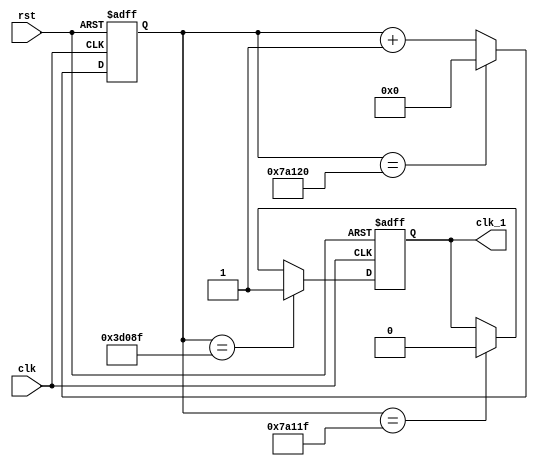
`timescale 1ns / 1ps
//////////////////////////////////////////////////////////////////////////////////
// Company: 
// Engineer: 
// 
// Design Name: 
// Module Name: clock1
// Project Name: 
// Target Devices: 
// Tool Versions: 
// Description: 
// 
// Dependencies: 
// 
// Revision:
// Revision 0.01 - File Created
// Additional Comments:
// 
//////////////////////////////////////////////////////////////////////////////////


module clock1(
input wire clk,rst,
output reg clk_1
    );
    //this is a clock divider
    //which output a clk with 0.5s period
    
    reg [31:0] div_cnt;
//    parameter TIME_05S = 500_000_00;
parameter TIME_05S = 500_000; // for simulation
    
    initial begin
    clk_1 = 1'b0;
    div_cnt = 0;
    end
    
    always @(posedge clk, posedge rst) begin
        if(rst)
            div_cnt <= 0;
        else if(div_cnt == TIME_05S) 
            div_cnt <= 0;
        else 
            div_cnt <= div_cnt + 1;
    end

    always @(posedge clk, posedge rst) begin
        if(rst)
            clk_1 <= 0;
        else if( div_cnt == (TIME_05S>>1) -1)
            clk_1 <= 1;
        else if(div_cnt == TIME_05S -1 ) 
            clk_1 <= 0;
    end
    
    
    

endmodule